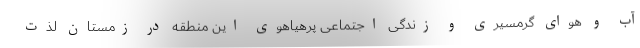
آب و هوای گرمسیری و زندگی اجتماعی پرهیاهوی این منطقه در زمستان لذت